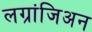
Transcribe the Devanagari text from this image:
लग्रांजिअन